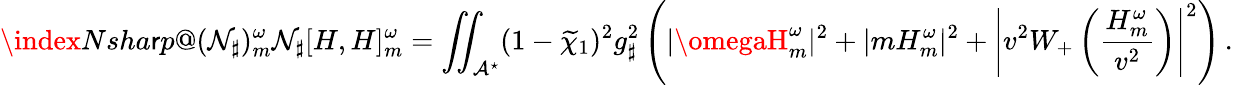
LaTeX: \index{Nsha\mathsf{r}p@(\mathcal{{N}}_{\sharp})_{m}^{\omega}}\mathcal{{N}}_{\sharp}[H,H]_{m}^{\omega}=\iint_{\mathcal{{A}}^{\star}}(1-\widetilde{{\chi}}_{1})^{2}g_{\sharp}^{2}\left(|\omegaH_{m}^{\omega}|^{2}+|mH_{m}^{\omega}|^{2}+\left|v^{2}W_{+}\left(\frac{{H_{m}^{\omega}}}{{v^{2}}}\right)\right|^{2}\right)\, .